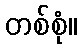
တစ်စုံ။